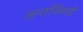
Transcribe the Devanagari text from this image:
अन्तर्विवाही